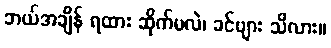
ဘယ်အချိန် ရထား ဆိုက်မလဲ၊ ခင်ဗျား သိလား။